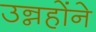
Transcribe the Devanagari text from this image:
उन्नहोंने